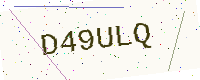
Text: D49ULQ